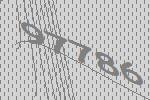
97786